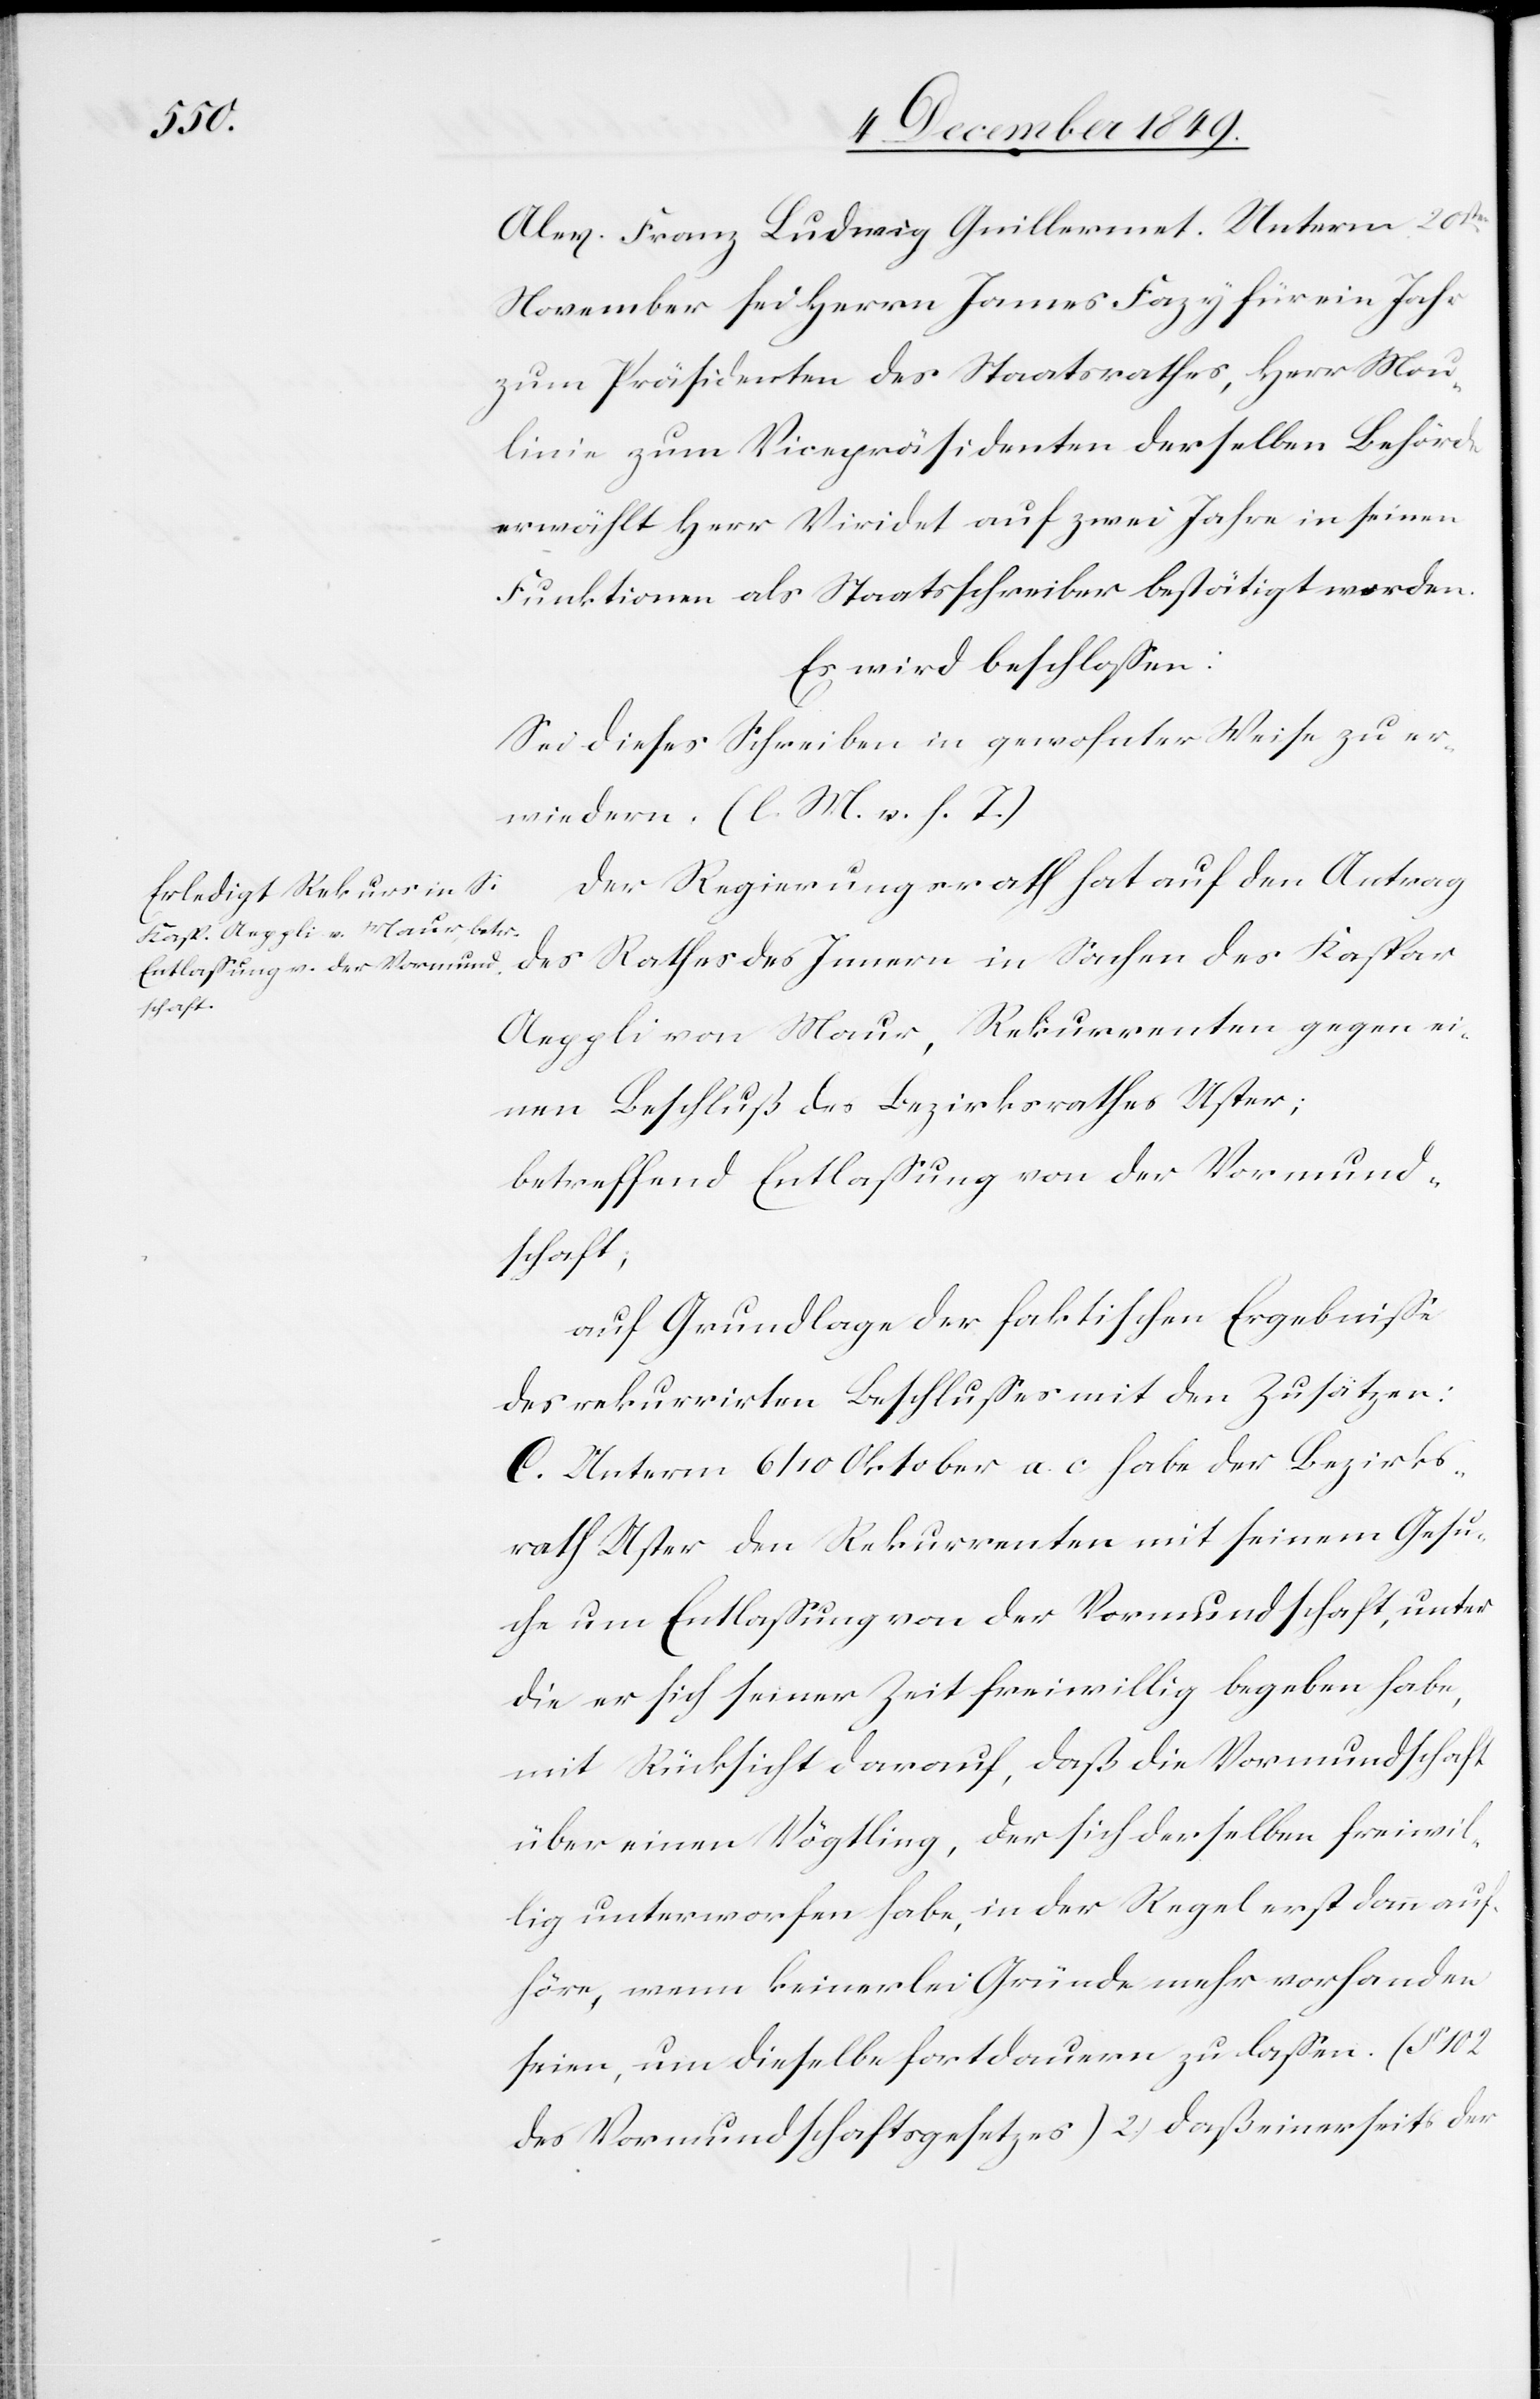
Alex. Franz Ludwig Guillermet. Unterm 20sten
November sei Herrn James Fazy für ein Jahr
zum Präsidenten des Staatsrathes, Herr Mou¬
linie zum Vicepräsidenten derselben Behörde
erwählt Herr Viridet auf zwei Jahre in seinen
Funktionen als Staatsschreiber bestätigt worden.
Es wird beschloßen:
Sei dieses Schreiben in gewohnter Weise zu er¬
wiedern. [l. M. v. h. T]
Der Regierungsrath hat auf den Antrag
des Rathes des Innern in Sachen des Kaspar
Aeppli von Maur, Rekurrenten gegen ei¬
nen Beschluß des Bezirksrathes Uster;
betreffend Entlaßung von der Vormund¬
schaft;
auf Grundlage der faktischen Ergebniße
des rekurrirten Beschlußes mit den Zusätzen:
C. Unterm 6/10 Oktober a. c. habe der Bezirks¬
rath Uster den Rekurrenten mit seinem Gesu¬
ch um Entlaßung von der Vormundschaft, unter
die er sich seine Zeit freiwillig begeben habe,
mit Rücksicht darauf, daß die Vormundschaft
über einen Vögtling, der sich derselben freiwil¬
lig unterworfen habe, in der Regel erst dann auf¬
höre, wenn keinerlei Gründe mehr vorhanden
seien, um dieselbe fortdauern zu laßen. (§ 102
des Vormundschaftsgesetzes) 2.) daß einerseits der